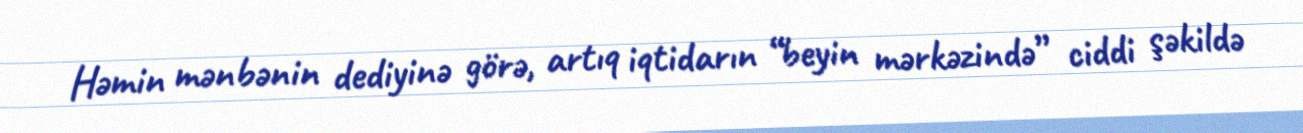
Həmin mənbənin dediyinə görə, artıq iqtidarın “beyin mərkəzində” ciddi şəkildə